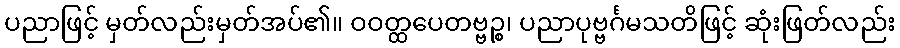
ပညာဖြင့် မှတ်လည်းမှတ်အပ်၏။ ဝဝတ္ထပေတဗ္ဗဉ္စ၊ ပညာပုဗ္ဗင်္ဂမသတိဖြင့် ဆုံးဖြတ်လည်း